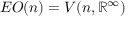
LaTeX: E O ( n ) = V ( n , \mathbb { R } ^ { \infty } )